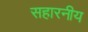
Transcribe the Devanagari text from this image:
सहारनीय